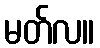
မတ်လ။